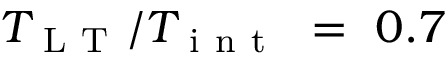
T _ { \mathrm { ~ L ~ T ~ } } / T _ { \mathrm { ~ i ~ n ~ t ~ } } ~ = ~ 0 . 7